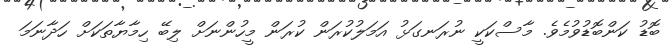
ބޮޑު ކަންބޮޑުވުމެވެ. މާސްކަކީ ނުރަނގަޅު އަމަލުކުރަން ކުރަން މީހުންނަށް ލިބޭ ހިމާޔާތަކަށް ހަދާނަމަ